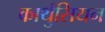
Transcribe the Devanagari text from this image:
कार्थुसियन